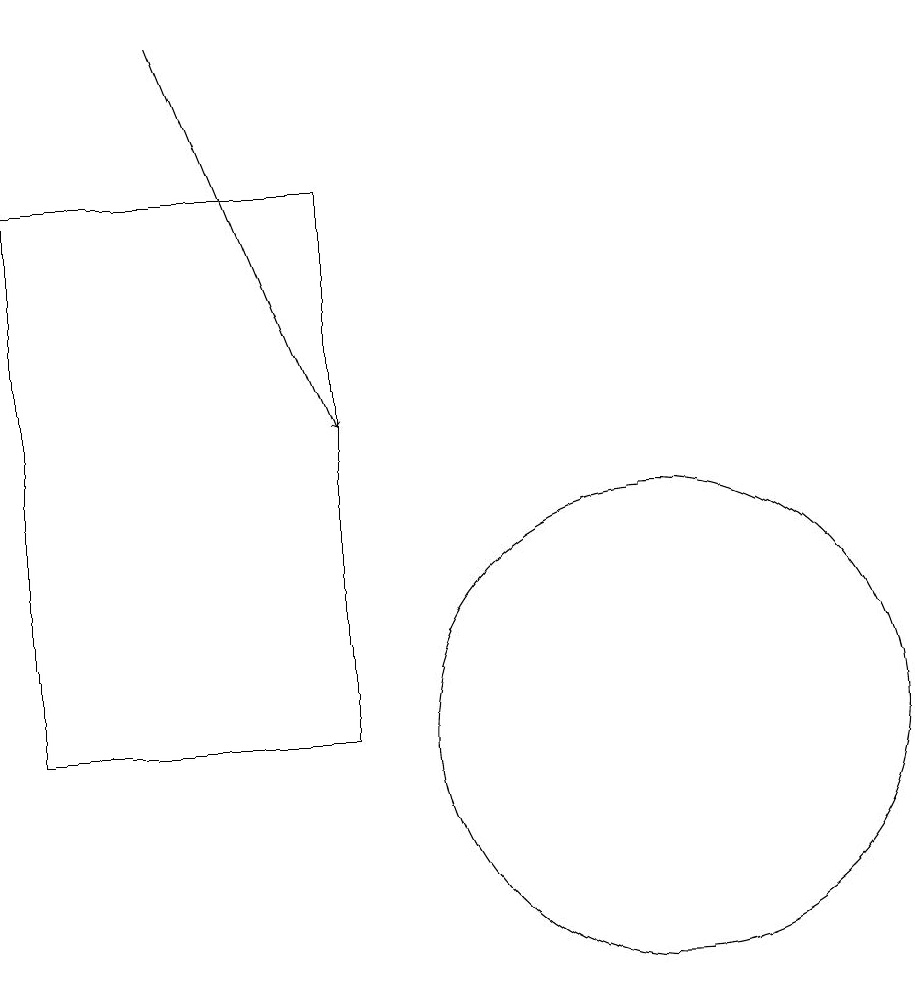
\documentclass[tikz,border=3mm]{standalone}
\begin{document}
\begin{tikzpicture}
\draw (6,10) rectangle (2,17);
\draw (10,10) circle (3);
\draw[->] (4,19) -- (6,14);
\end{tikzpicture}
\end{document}